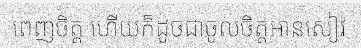
ពេញចិត្ត ហើយក៏ដូចជាចូលចិត្តអានសៀវ